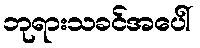
ဘုရားသခင်အပေါ်